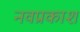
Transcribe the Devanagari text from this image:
नवप्रकाश